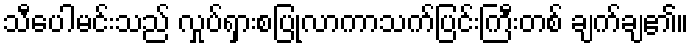
သီပေါမင်းသည် လှုပ်ရှားစပြုလာကာသက်ပြင်းကြီးတစ် ချက်ချ၏။